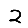
Digit: 2